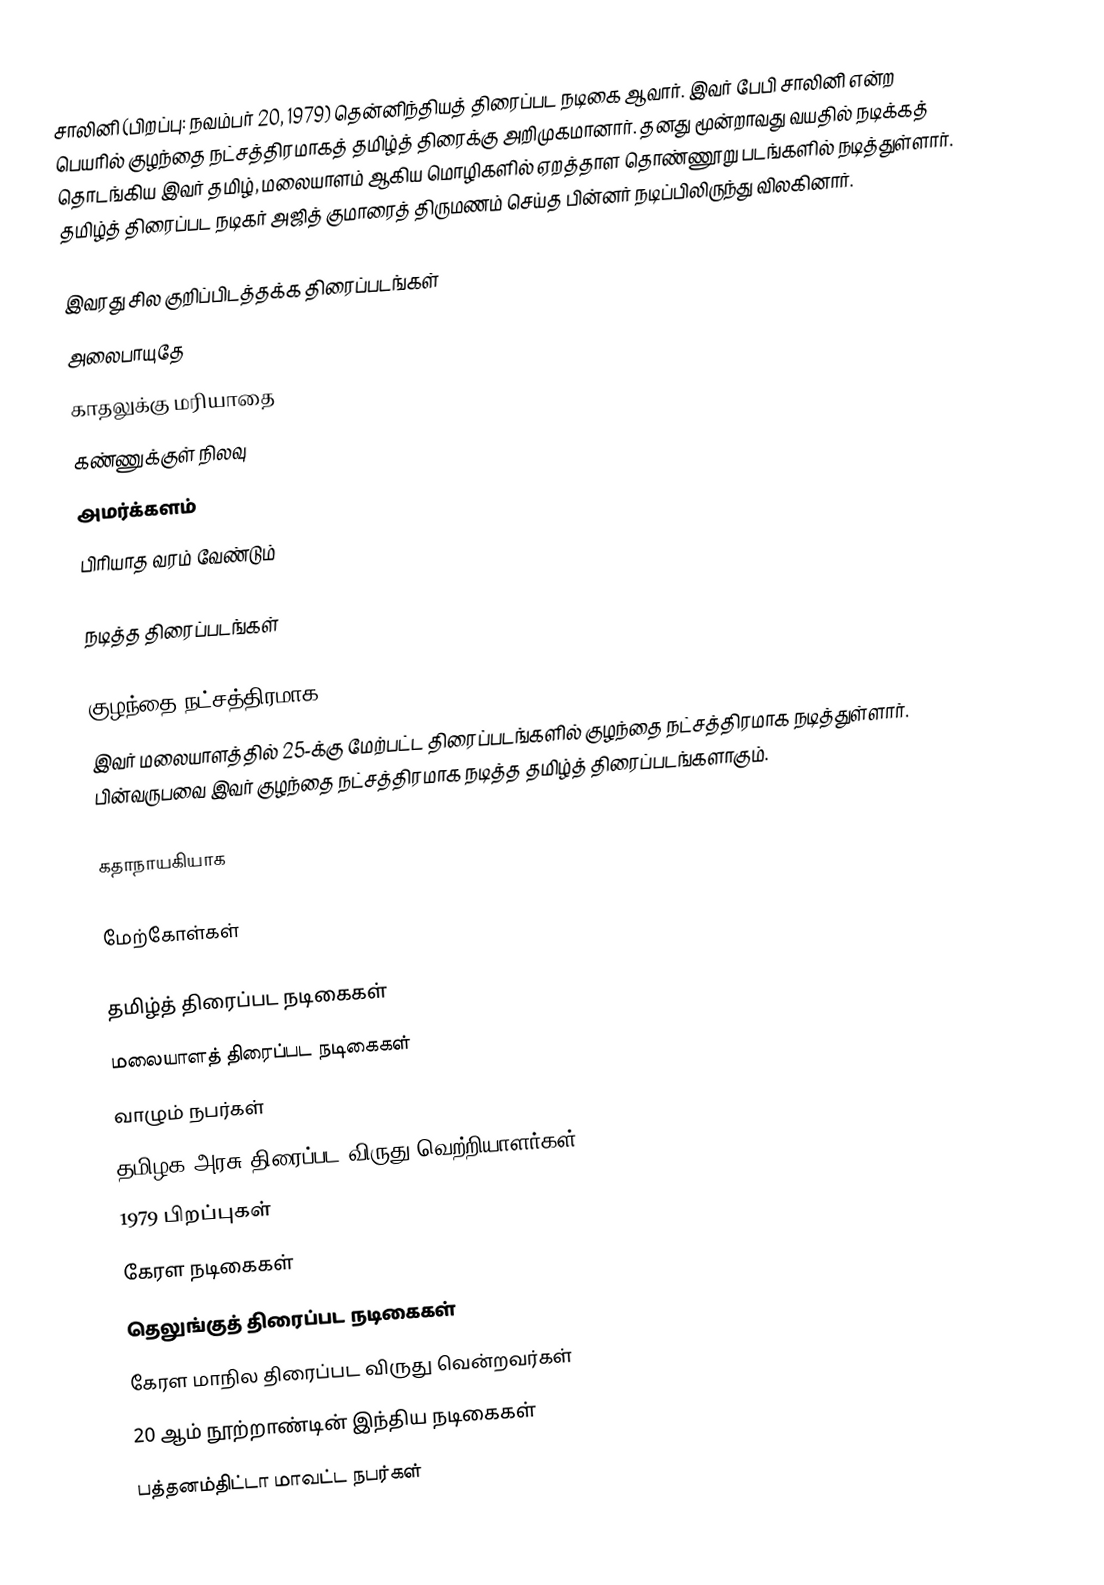
சாலினி (பிறப்பு: நவம்பர் 20, 1979) தென்னிந்தியத் திரைப்பட நடிகை ஆவார். இவர் பேபி சாலினி என்ற பெயரில் குழந்தை நட்சத்திரமாகத் தமிழ்த் திரைக்கு அறிமுகமானார். தனது மூன்றாவது வயதில் நடிக்கத் தொடங்கிய இவர் தமிழ், மலையாளம் ஆகிய மொழிகளில் ஏறத்தாள தொண்ணூறு படங்களில் நடித்துள்ளார். தமிழ்த் திரைப்பட நடிகர் அஜித் குமாரைத் திருமணம் செய்த பின்னர் நடிப்பிலிருந்து விலகினார்.

இவரது சில குறிப்பிடத்தக்க திரைப்படங்கள்
 அலைபாயுதே
 காதலுக்கு மரியாதை
 கண்ணுக்குள் நிலவு
 அமர்க்களம்
 பிரியாத வரம் வேண்டும்

நடித்த திரைப்படங்கள்

குழந்தை நட்சத்திரமாக
இவர் மலையாளத்தில் 25-க்கு மேற்பட்ட திரைப்படங்களில் குழந்தை நட்சத்திரமாக நடித்துள்ளார். பின்வருபவை இவர் குழந்தை நட்சத்திரமாக நடித்த தமிழ்த் திரைப்படங்களாகும்.

கதாநாயகியாக

மேற்கோள்கள்

தமிழ்த் திரைப்பட நடிகைகள்
மலையாளத் திரைப்பட நடிகைகள்
வாழும் நபர்கள்
தமிழக அரசு திரைப்பட விருது வெற்றியாளர்கள்
1979 பிறப்புகள்
கேரள நடிகைகள்
தெலுங்குத் திரைப்பட நடிகைகள்
கேரள மாநில திரைப்பட விருது வென்றவர்கள்
20 ஆம் நூற்றாண்டின் இந்திய நடிகைகள்
பத்தனம்திட்டா மாவட்ட நபர்கள்